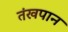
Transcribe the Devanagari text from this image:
तंखपान